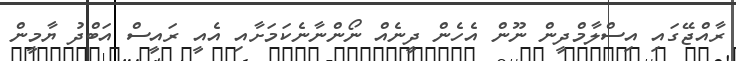
ރާއްޖޭގައި އިސްލާމްދީން ނޫން އެހެން ދީނެއް ނޯންނާނެކަމަށާއި އެއީ ރައީސް އަބްދު ޔާމީން